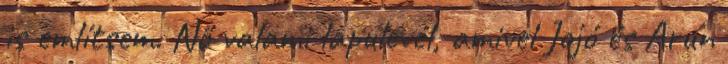
is említsem. Nő valami lapulevél, amivel Jojó és Arun